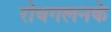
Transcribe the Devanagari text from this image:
रोधगलनके